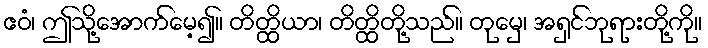
ဧဝံ၊ ဤသို့အောက်မေ့၍။ တိတ္ထိယာ၊ တိတ္ထိတို့သည်။ တုမှေ၊ အရှင်ဘုရားတို့ကို။